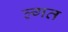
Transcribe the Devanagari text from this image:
ल्गत